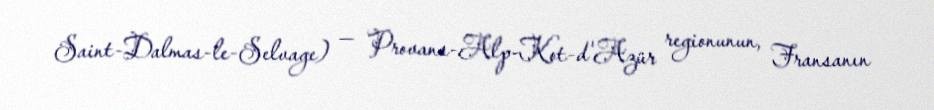
Saint-Dalmas-le-Selvage) — Provans-Alp-Kot-d'Azür regionunun, Fransanın